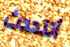
أتتحدث